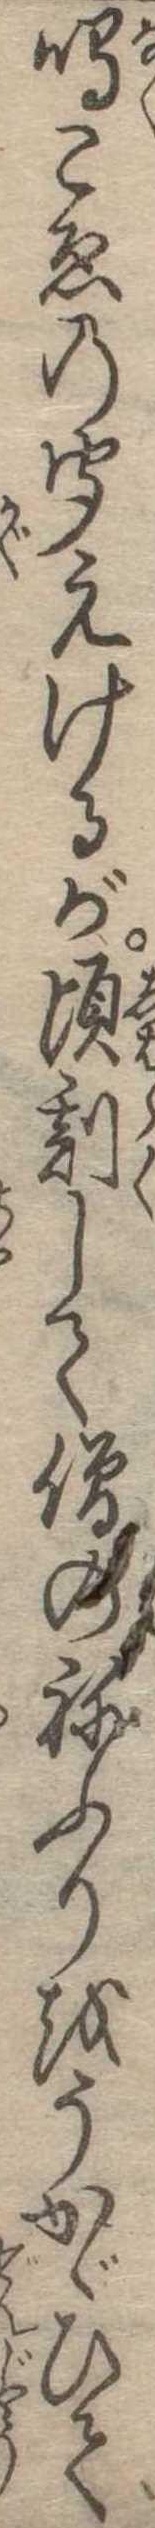
鳴こゑの聞えけるが頃刻して僧のねふりをうかゞひて